Annual administration report of the Civil Veterinary Department of India - 1899-1900
Year: 1899
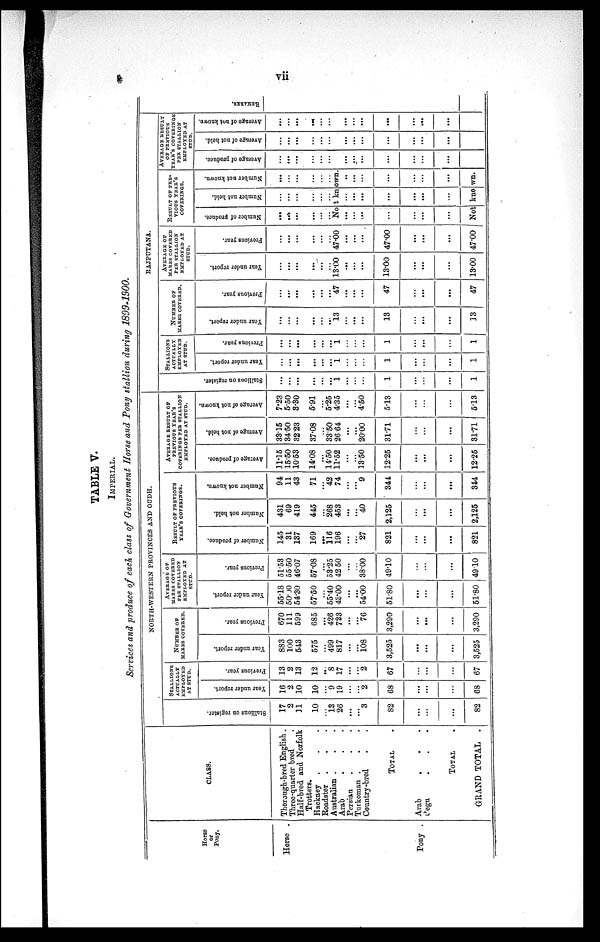
vii
TABLE V.
IMPERIAL.
Services and produce of each class of Government Horse and Pony stallion during 1899-1900.
Horse
or
Pony.
Horse.
Pony .
CLASS.
Thorough-bred English.
Three-quarter bred
Half-bred and Norfolk
Trotters.
Hackney
Roadster . . .
Arab
Persian
Country-bred . .
TOTAL
Arab
Pegu . . .
TOTAL
GRAND TOTAL .
NORTH-WESTERN PROVINCES AND OUDH.
St al l
i
ons on register.
17
2
31
10
...
13
26
...
... 3
82
...
...
...
82
STALLIONS ACTUALLY EMPLOYED AT STUD
Year under report.
16
2
10
10
...
9
19
...
... 2
68
...
...
...
68
Previous year.
13
2
13
12
...
8
17
...
...
2
67
...
...
...
67
NUMBER OF MARES COVERED.
Year under report.
883
100
543
575
...
499
817
...
...
108
3,525
...
...
...
3,525
Previous year.
670
111
599
685
...
426
723
...
...
76
3,290
...
...
...
3,290
AVERAGE OF
MARES COVERED
PER STALLION
EMPLOYED AT
STUD.
Year under report.
55.18
50.00
54.30
57.50
...
55.40
43.00
...
...
54.00
51.80
...
...
...
51.80
Previous year.
51.53
5550
46.07
57.08
...
53.25
42 50
...
...
38.00
49.10
...
...
...
49.10
RESULT OF PREVIOUS YEAR'S COVERINGS.
Number of produce.
145
31
137
169
...
116
196
...
...
27
821
...
...
...
821
Number not hold.
431
69
419
445
...
268
453
...
...
40
2,125
...
...
...
2,125
Number not known.
94
11
43
71
...
42
74
...
... 9
341
...
...
...
344
AVERAGE RESULT OF PREVIOUS YEAR'S COVERINGS PER STALLION EMPLOYED AT STUD.
Average of produce.
11.15
1550
10.53
14.08
...
14.50
11.52
...
...
13.50
12.25
...
...
...
12.25
Average of not held.
33.15
34.50
3223
37.08
...
33.50
26 64
...
...
20.00
31.71
...
...
...
31.71
Average of not known.
7.23
5.50
3.30
5.91
...
5.25
4.35
...
...
4.50
5.13
...
...
...
5.13
RAJPUTANA.
St al l
i
ons on register.
...
...
...
...
...
...
1
...
...
...
1
...
...
...
1
STALLIONS ACTUALLY EMPLOYED AT STUD
Year under report.
...
...
...
...
...
...
1
...
...
...
1
...
...
...
1
Previous year.
...
...
...
...
...
...
1
...
...
...
1
...
...
...
1
NUMBER OF MARES COVERED
Year under report.
...
...
...
...
...
...
13
...
...
...
13
...
...
...
13
Previous year.
...
...
...
...
...
...
47
...
...
...
47
...
...
...
47
AVERAGE OF MARES COVERED PER STALLION EMPLOYED AT
Year under report.
...
...
...
...
...
...
13.00
...
...
...
13.00
...
...
...
13.00
Previous year.
...
...
...
...
...
...
47.00
...
...
...
47.00
...
...
...
47.00
RESULTS OF PRE-
VIOUS YEAR'S COVERINGS.
Number of produce.
...
...
...
...
...
...
Number not held.
...
...
...
...
...
...
Number not known.
...
...
...
...
...
...
Not known.
...
...
...
...
...
...
...
...
...
...
...
...
..
......
...
...
...
...
...
Not known.
AVERAGE RESULT OF PREVIOUS
YEAR'S COVERINGS PER STALLION EM
STUD.
Average of produce.
...
...
...
...
...
...
...
...
...
...
...
..
...
Average of not held.
...
...
...
...
...
...
...
......
...
...
...
..
...
Average of not known.
...
...
...
...
...
...
...
...
...
...
...
...
...
REMARKS.